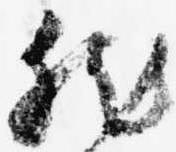
然